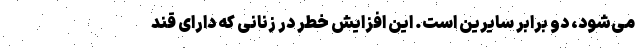
می‌شود، دو برابر سایرین است. این افزایش خطر در زنانی که دارای قند